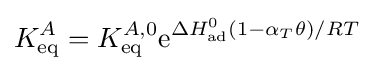
K_{\text{eq}}^{A}=K_{\text{eq}}^{A,0}\mathrm {e} ^{\Delta H_{\text{ad}}^{0}(1-\alpha _{T}\theta )/RT}